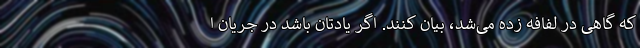
که گاهی در لفافه زده می‌شد، بیان کنند. اگر یادتان باشد در جریان ا